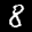
Label: 8